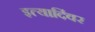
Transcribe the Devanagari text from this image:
इत्यादिंवर